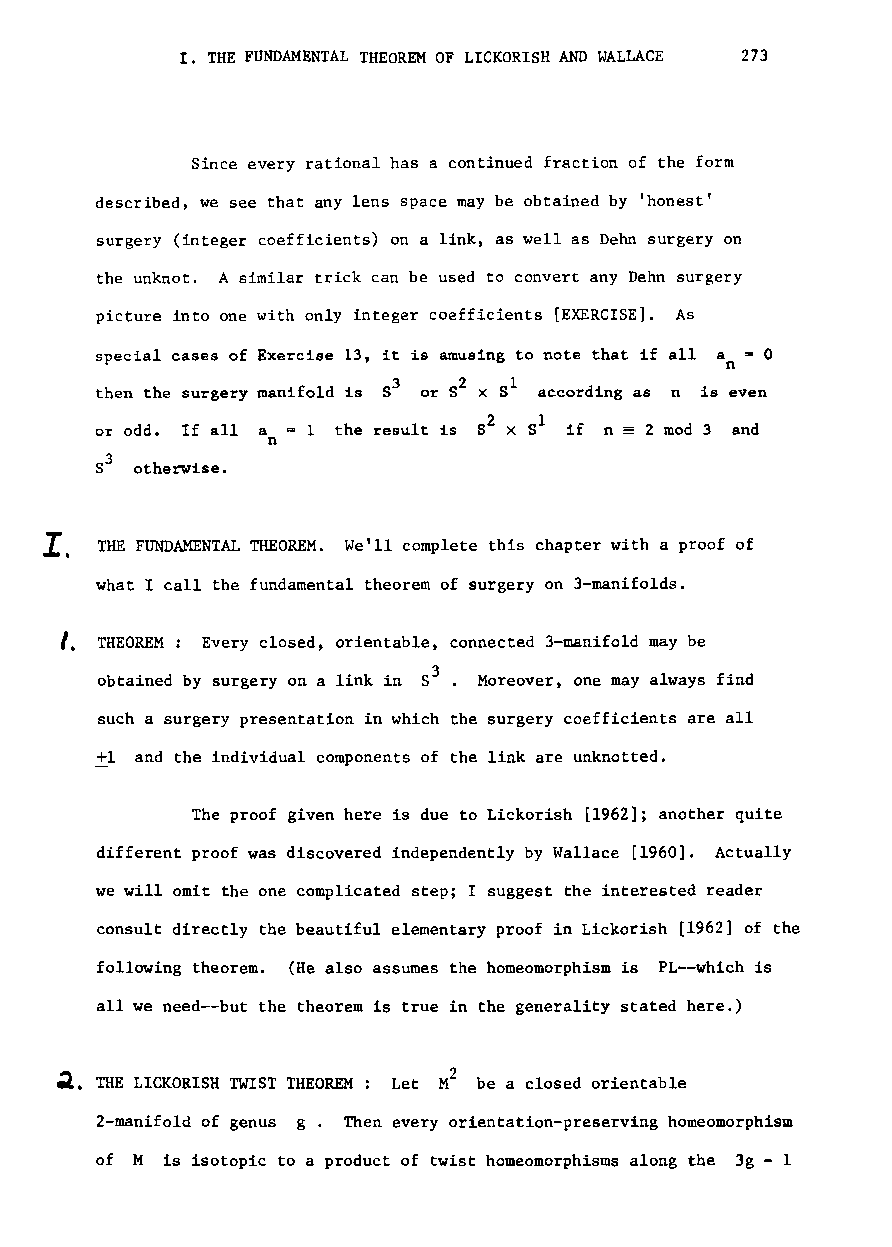
I. THE FUNDAMENTAL THEOREM OF LICKORISH AND WALLACE 273
 Since every rational has a continued fraction of the form
 described, we see that any lens space may be obtained by 'honest'
 surgery (integer coefficients) on a link, as well as Dehn surgery on
 the unknot. A similar trick can be used to convert any Dehn surgery
 picture into one with only integer coefficients [EXERCISE]. As
 special cases of Exercise 13, it is amusing to note that if all a = 0
 n
 3   2   1
 then the surgery manifold is 8 or 8 X 8 according as n is even
 =
 or odd. If all a - 1 the result is 52 x 51 if n 2 mod 3 and
 n
 S3 otherwise.
 .
 I
 THE FUNDAMENTAL THEOREM. We'll complete this chapter with a proof of
 what I call the fundamental theorem of surgery on 3-manifolds.
 I. THEOREM: Every closed, orientable, connected 3-manifold may be
 obtained by surgery on a link in S3. Moreover, one may always find
 such a surgery presentation in which the surgery coefficients are all
 +1 and the individual components of the link are unknotted.
 The proof given here is due to Lickorish [1962]; another quite
 different proof was discovered independently by Wallace [1960]. Actually
 we will omit the one complicated step; I suggest the interested reader
 consult directly the beautiful elementary proof in Lickorish [1962] of the
 following theorem. (He also assumes the homeomorphism is PL--which is
 all we need--but the theorem is true in the generality stated here.)
 ~. THE LICKORISH TWIST THEOREM : Let be a closed orientable
 2-manifo1d of genus g. Then every orientation-preserving homeomorphism
 of M is isotopic to a product of twist homeomorphisms along the 3g - 1